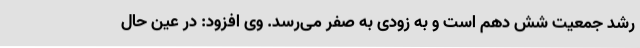
رشد جمعیت شش دهم است و به زودی به صفر می‌رسد. وی افزود: در عین حال